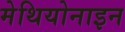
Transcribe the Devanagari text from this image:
मेथियोनाइन